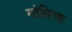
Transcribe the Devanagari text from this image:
मोरिस्चा